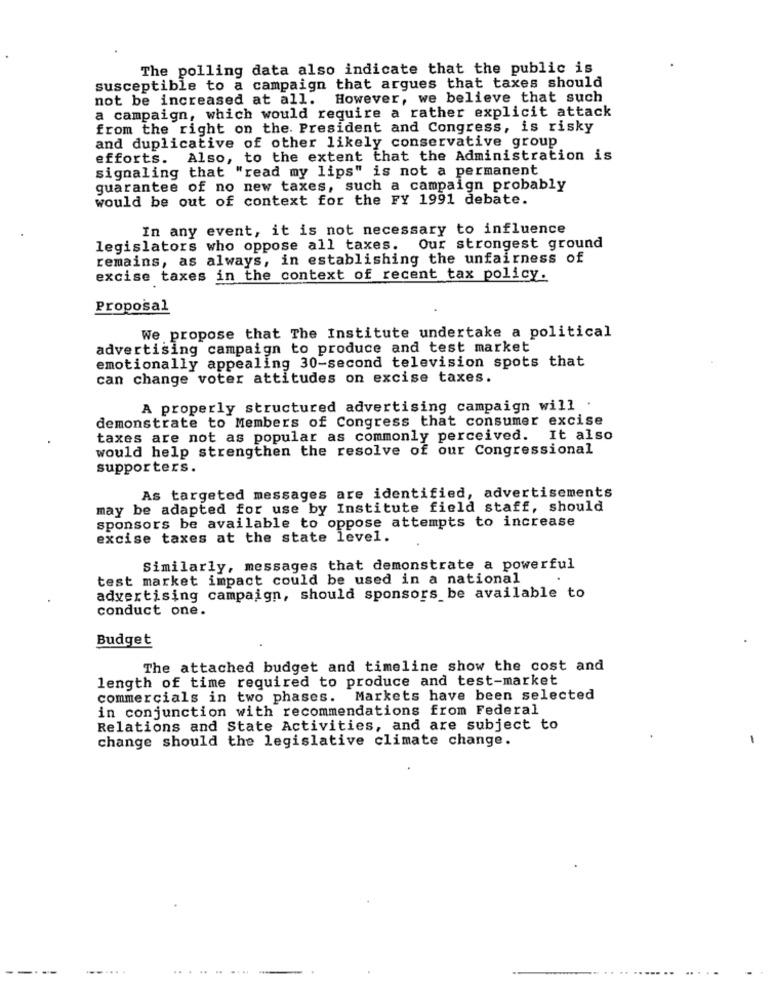
The polling data also indicate that the public is
susceptible to a campaign that argues that taxes should
not be increased at all. However, we believe that such
a campaign, which would require a rather explicit attack
from the right on the. President and Congress, is risky
and duplicative of other likely conservative group
efforts. Also, to the extent that the Administration is
signaling that "read my lips" is not a permanent
guarantee of no new taxes, such a campaign probably
would be out of context for the FY 1991 debate.
In any event, it is not necessary to influence
legislators who oppose all taxes. Our strongest ground
remains, as always, in establishing the unfairness of
excise taxes in the context of recent tax policy.
Proposal
We propose that The Institute undertake a political
advertising campaign to produce and test market
emotionally appealing 30-second television spots that
can change voter attitudes on excise taxes.
A properly structured advertising campaign will .
demonstrate to Members of Congress that consumer excise
taxes are not as popular as commonly perceived. It also
would help strengthen the resolve of our Congressional
supporters.
As targeted messages are identified, advertisements
may be adapted for use by Institute field staff, should
sponsors be available to oppose attempts to increase
excise taxes at the state level.
Similarly, messages that demonstrate a powerful
test market impact could be used in a national
advertising campaign, should sponsors be available to
conduct one.
Budget
The attached budget and timeline show the cost and
length of time required to produce and test-market
commercials in two phases. Markets have been selected
in conjunction with recommendations from Federal
Relations and State Activities, and are subject to
change should the legislative climate change.
-
--
...
.......
...